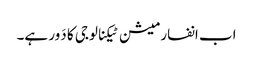
اب انفارمیشن ٹیکنالوجی کا دَور ہے۔